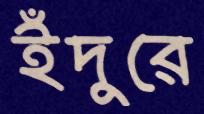
ইঁদুরে